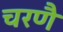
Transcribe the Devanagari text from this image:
चरणै